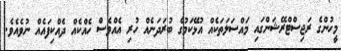
މީހުންގެ ރަޖިސްޓްރޭޝަންގައި މައްސަލަތަކެއް އުޅޭކަމުގެ ބުރަދަނެއް ހުރި އެއްވެސް ހެއްކެއް ދެއްކިފައެއް ނުވެއެވެ.